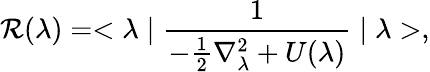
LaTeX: \mathcal{R}(\lambda)=<\lambda\mid\frac{{1}}{{-\frac{{1}}{{2}}\nabla_{\lambda}^{2}+U(\lambda)}}\mid\lambda>,